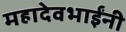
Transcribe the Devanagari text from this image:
महादेवभाईंनी